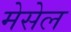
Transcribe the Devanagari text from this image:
मेसेल